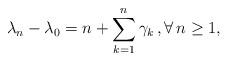
LaTeX: \begin{align*}\lambda_n - \lambda_0 = n + \sum_{k =1}^n \gamma_k \, , \forall \, n \ge 1 ,\end{align*}